Lunatic asylums Madras 1892-1911 - 1892-1911
Year: 1892
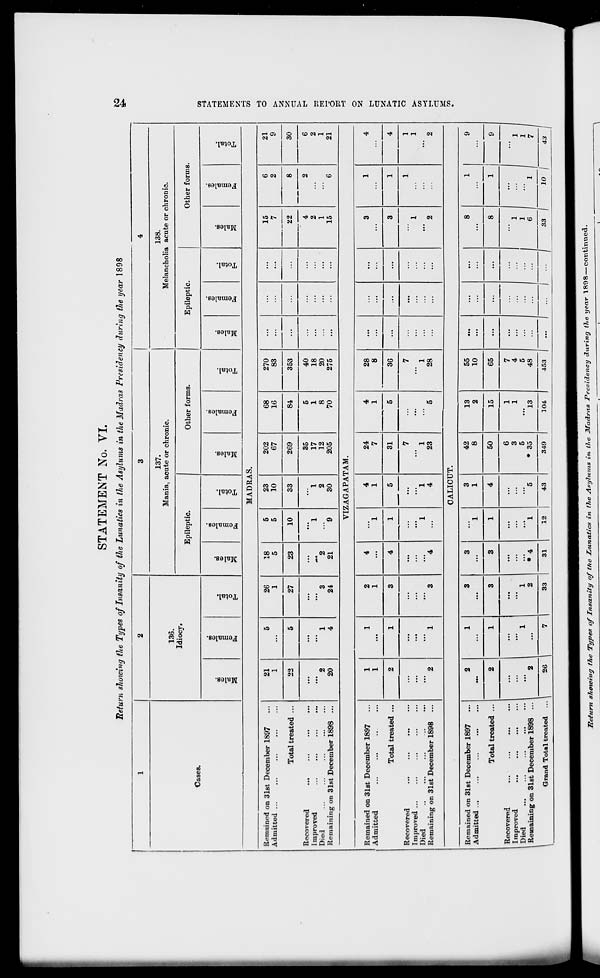
STATEMENT No. VI.
Return showing the Types of Insanity of the Lunatics in the Asylums in the Madras Presidency during the year 1898
t3
1
2
3
4
Cases.
136.
Idiocy.
137.
Mania, acute or chronic.
138.
Melancholia acute or chronic.
Epileptic.
Other forms.
Epileptic.
Other forms.
■
o
DO
o
'S
s o
fo
o
EH
m
00
s
7s
S
<u
fo
*3
0
BO
O
*3
3
to
0
"3
s
0
fo
"3
0
00
a>
"3
3
to
"3
S
fo
*3
O
EH
m
"3
CD
O
S
fo
"3
0
EH
MADRAS.
Remained on 31st December 1897
Admitted ...
Total treated ...
Recovered
...
Improved
Died
Remaining on 31st December 1898 ...
21
1
5
26
1
18
5
5
5
23
10
202
67
68
16
270
83
15
7
22
6
2
21
9
22
5
27
23
10
33
269
84
353
...
8
30
" 2
20
1
4
3
24
"*2
21
1
9
1
2
30
35
17
12
205
5
1
8
70
40
18
20
275
...
...
...
4
2
1
15
2
6
6
2
1
21
VIZAGAPATAM.
Remained on 31st December 1897
Admitted
Total treated ...
Recovered
Improved ...
Died
Remaining on 31st December 1898
1
1
1
2
1
4
1
4
1
24
7
4
1
28
8
...
...
...
3
1
4
2
1
3
4
1
5
1
4
31
5
36
...
...
...
3
1
4
2
1
3
"4
1
7
1
23
5
7
1
28
...
1
'"' 2
1
1
1
2
CALICUT.
Remained on 31st December 1897
Admitted ...
Total treated ...
Recovered
Improved
Died
Remaining on 31st December 1898 ...
2
1
3
3
1
3
1
42
8
13
2
55
10
...
...
...
8
1
9
2
1
3
3
1
4
50
15
65
...
...
...
8
1
9
2
1
1
2
**4
1
"5
6
3
5
* 35
1
1
13
7
4
5
48
...
:::
...
1
1
e
"i
\
Grand Total treated ... \
26 I
7 |
33
31
12
43
349
104
453
1 ... 1 ... |
33 |
10 j
43 1
GO
H-
E>
i-3
P3
Z
1-3
02
O
>
2
6
fed
O
<3
ft*
"-3
CO
Z?«g/ M rM sJiowhig tJie Types of Insanity of the Lunatics in the Asylums in the Madras Presidency during the year 1898 —continued.